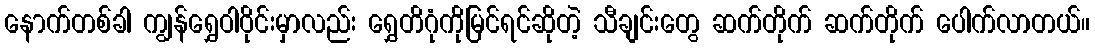
နောက်တစ်ခါ ကျွန်ရွှေဝါဝိုင်းမှာလည်း ရွှေတိဂုံကိုမြင်ရင်ဆိုတဲ့ သီချင်းတွေ ဆက်တိုက် ဆက်တိုက် ပေါက်လာတယ်။